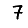
Digit: 7